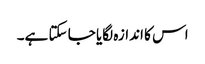
اس کا اندازہ لگایا جا سکتا ہے۔